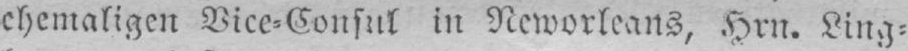
ehemaligen Vice⸗Consul in Neworleans, Hrn. Ling⸗